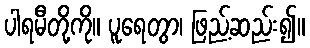
ပါရမီတို့ကို။ ပူရေတွာ၊ ဖြည့်ဆည်း၍။